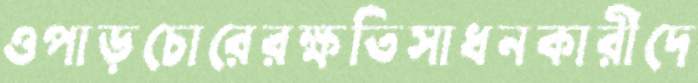
ওপাড়চোরেরক্ষতিসাধনকারীদে